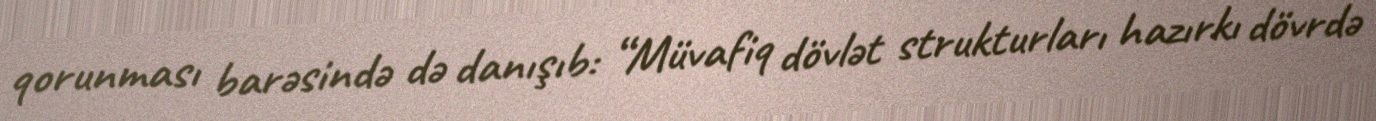
qorunması barəsində də danışıb: “Müvafiq dövlət strukturları hazırkı dövrdə